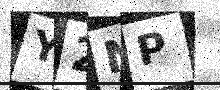
Text: Y2NP